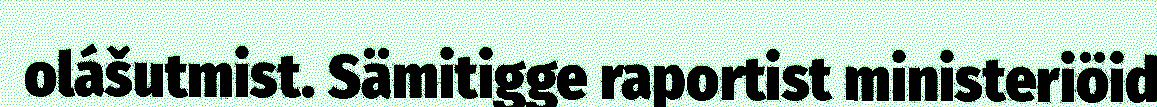
olášutmist. Sämitigge raportist ministeriöid